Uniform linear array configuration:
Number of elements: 16
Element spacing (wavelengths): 0.5
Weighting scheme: cosine
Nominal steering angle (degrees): -30
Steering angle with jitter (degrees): -29.255
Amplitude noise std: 0.05
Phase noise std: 0.05

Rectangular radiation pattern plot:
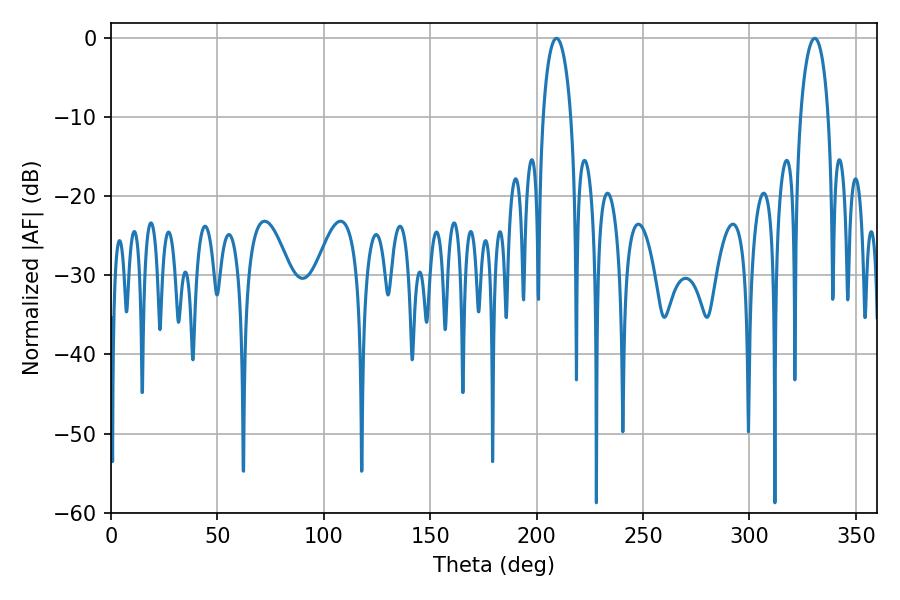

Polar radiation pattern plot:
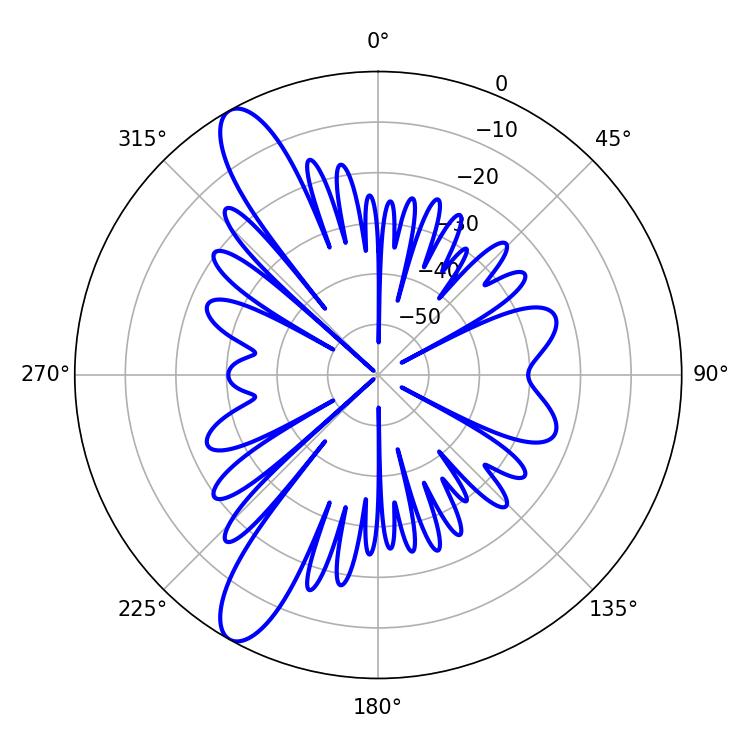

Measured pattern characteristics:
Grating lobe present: FALSE
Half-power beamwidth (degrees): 7.56
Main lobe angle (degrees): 209.34